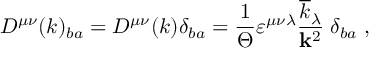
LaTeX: D ^ { \mu \nu } ( k ) _ { b a } = D ^ { \mu \nu } ( k ) \delta _ { b a } = \frac { 1 } { \Theta } \varepsilon ^ { \mu \nu \lambda } \frac { \overline { { { k } } } _ { \lambda } } { { \bf k } ^ { 2 } } \; \delta _ { b a } \; ,